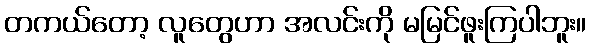
တကယ်တော့ လူတွေဟာ အလင်းကို မမြင်ဖူးကြပါဘူး။